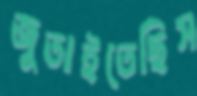
জুতাইতেছিস